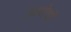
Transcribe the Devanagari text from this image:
उवशेषों